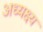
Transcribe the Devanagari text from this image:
अध्यक्ष्य